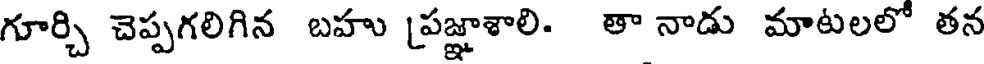
గూర్చి చెప్పగలిగిన బహు (పజ్ఞాశాలి. తా నాడు మాటలలో తన